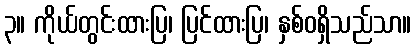
၃။ ကိုယ်တွင်းထားပြ၊ ပြင်ထားပြ၊ နှစ်ဝရှိသည်သာ။